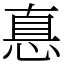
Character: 惪